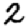
Digit: 2